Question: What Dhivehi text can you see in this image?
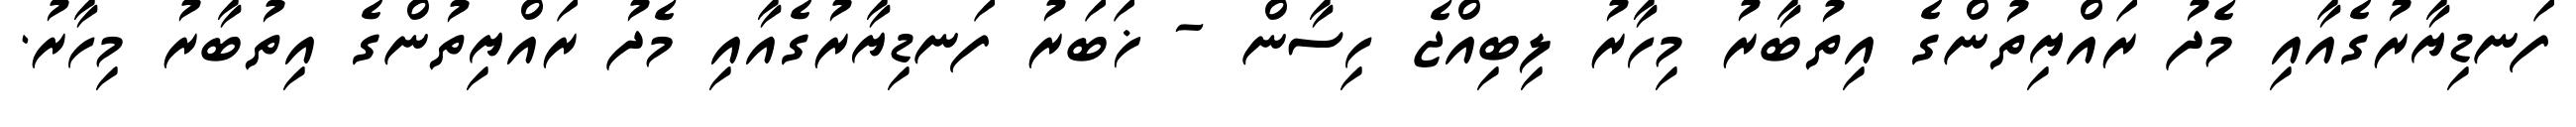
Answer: ފަނޑިޔާރުގެއާއި މެދު ރައްޔިތުންގެ އިތުބާރު މިހާރު ލިބިއްޖެ ހިސާން - ޚަބަރު ފަނޑިޔާރުގެއާއި މެދު ރައްޔިތުންގެ އިތުބާރު މިހާރު.